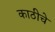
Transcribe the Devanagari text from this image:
काठीचे